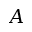
\boldsymbol { A }